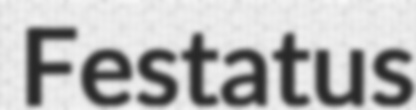
Festatus